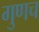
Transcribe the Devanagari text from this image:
गुणच